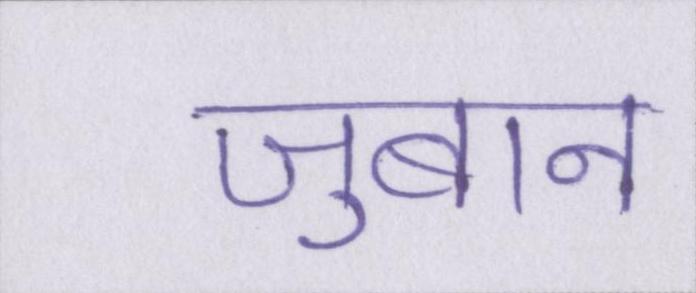
जुबान